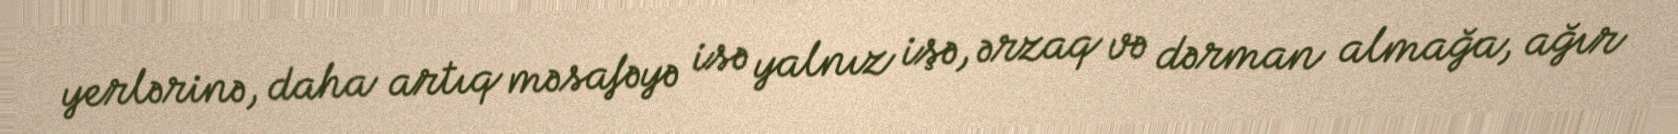
yerlərinə, daha artıq məsafəyə isə yalnız işə, ərzaq və dərman almağa, ağır